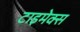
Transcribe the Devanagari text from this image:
टाइमेक्स